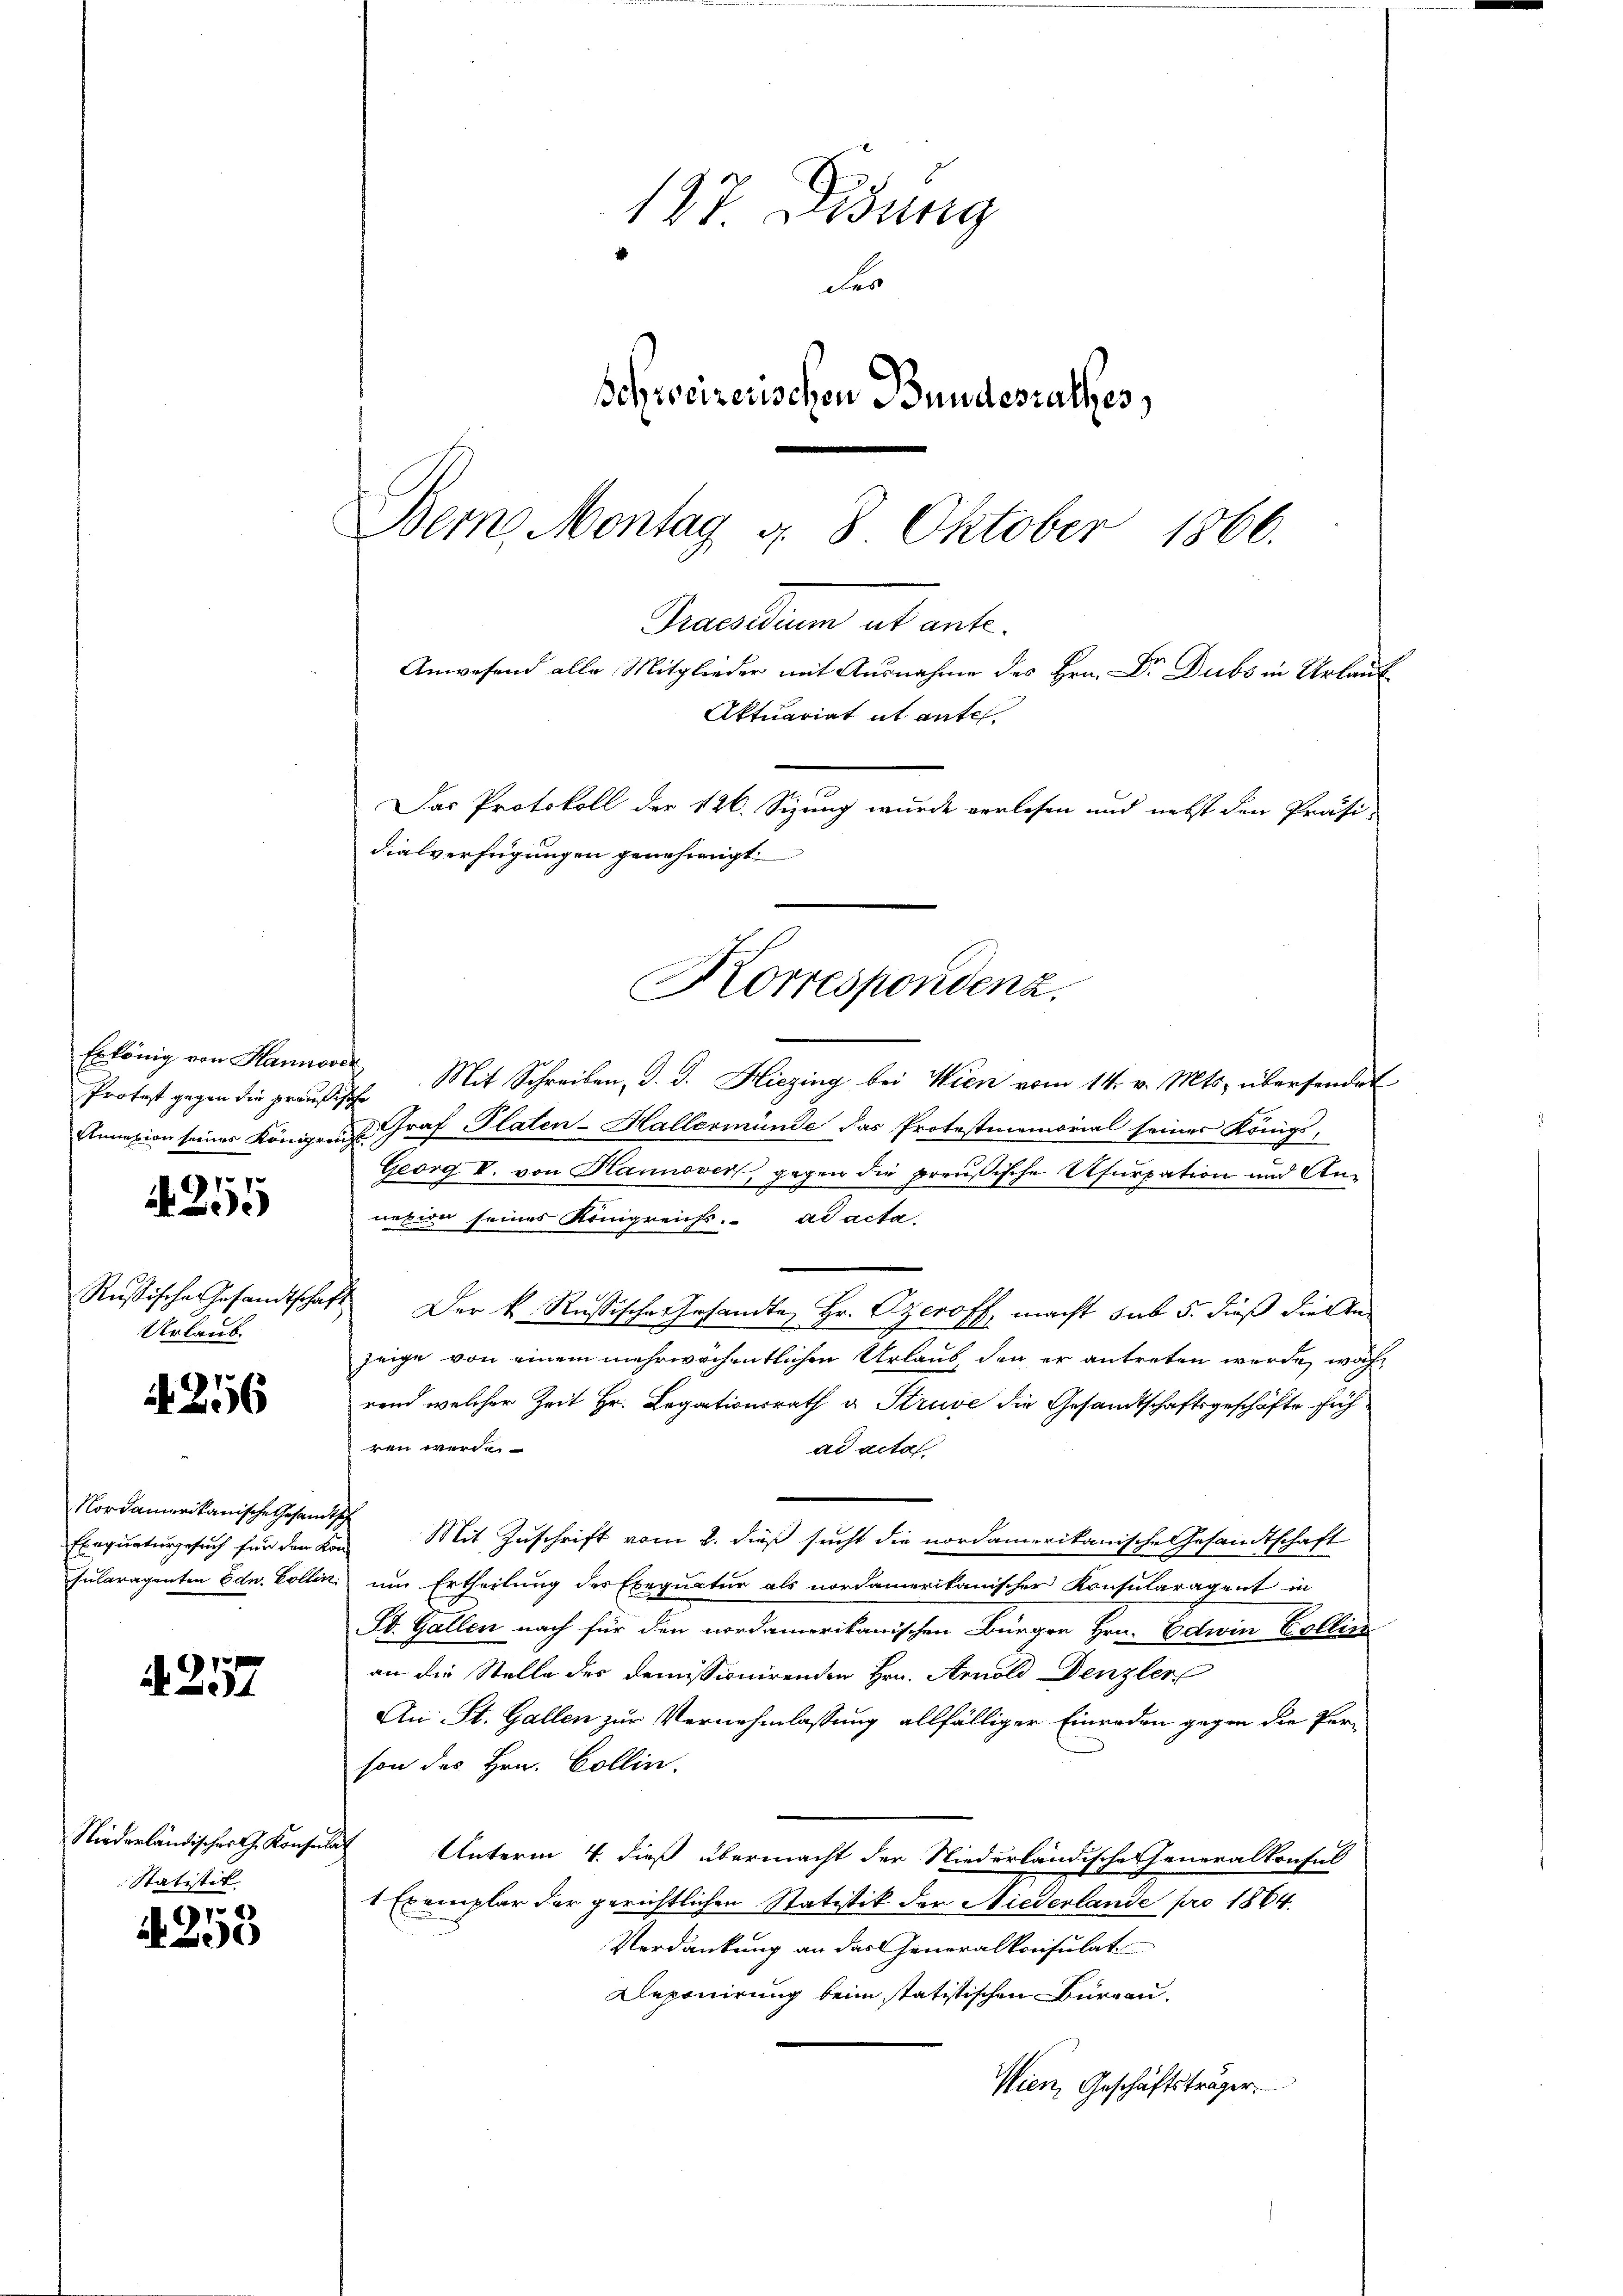
Protest gegen die preußische

255

Rußische Gesandtscha
Urlaub.

A 256

Nordamerikanische Gesandtsch
Exequaturgesuch für den Kon-

4. 257

Niederländisches G. Konsul
Statistik.

1
95

Bern Montag d. 8. Oktober
1866.
Gruendum ab ant
Aktuariat it antel
Das Protokoll der 126. Sizung wurde verlesen und nebst den Präsi-
dialverfügungen genehmigt
Korrespondenz.

127. Didung
der
schreizerischen Bundesrathes,

Erkönig von Hannover Mit Schreiben, d. J. Hiezing bei Wien vom 14. v. Mts. übersendet
Annasion seiner Königreich Graf Platen-Hallermünde das Protostmemorial seiner Königs,
Georg II. von Hannover, gegen die preußische Usurpation und Annexion seines Königreichs. ad acta
 Der k. Russische Gesandte Hr. Czeroff macht sub 5. dieß die Anzeige von einem mehrwöchentlichen Urlaub, den er antreten wurde, während welcher Zeit Hr. Legationsrath u. Struse die Gesandtschaftsgeschäfte füh
ren werde.
ad acta
Mit Zuschrift vom 2. dieß sucht die nordamerikanische Gesandtschaft
sularagenten Edn. Collin, um Ertheilung des Exequatur als nordamerikanischer Konsularagent in
St. Gallen nach für den nordamerikanischen Bürger Hrn. Edwin Collin
an die Stelle des demissionirenden Hrn. Arnold Denzler
An St. Gallen zur Vernehmlassung allfälliger Einreden gegen die Per-
son des Hrn. Collin.
ich
Unterm 4. dieß übermacht der Niederländische Generalkonfal
1 Exemplar der gerichtlichen Statistik der Niederlande pro 1864.
Verdankung an das Generalkonsulat
Deponirung beim statistischen Bureau.
Wien, Geschäftsträger

Anwesend alle Mitglieder mit Ausnahme des Hrn. Dr. Dubs in Urlaub